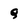
Character: Q